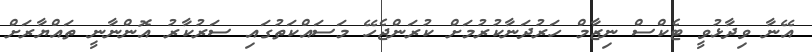
އޭނާ ވިދާޅުވީ ޓެކްސް ނިޒާމް ހަރުދަނާކުރުމަށް ކުރަންޖެހޭ މަސައްކަތުގައި ސަރުކާރު އޮންނާނީ ތައްޔާރަށް